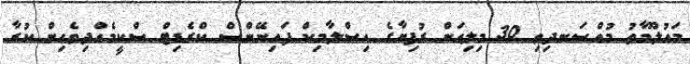
މައުލޫމާތު މުއްސަނދިވި 30 މިލިއަން ރުފިޔާގެ އިސްލާމިކް ފައިނޭންސް ކްރެޑިޓް ސްކީމެއްދިވެހިން ކުރާ